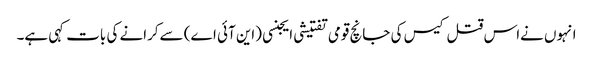
انہوں نےاس قتل کیس کی جانچ قومی تفتیشی ایجنسی (این آئی اے) سےکرانے کی بات کہی ہے۔